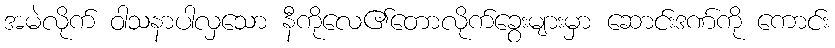
အမဲလိုက် ဝါသနာပါလှသော နီကိုလေ၏တောလိုက်ခွေးများမှာ ဆောင်းဒဏ်ကို ကောင်း